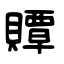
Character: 贉